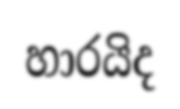
හාරයිද